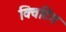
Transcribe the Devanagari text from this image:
क्विटिंग